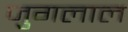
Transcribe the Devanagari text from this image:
जुगलाल